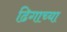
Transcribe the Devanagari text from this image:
ढिगाच्या